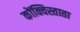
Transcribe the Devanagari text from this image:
कोंक्विस्ताता